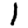
Digit: 1